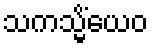
သကသ္မိံယေဝ